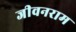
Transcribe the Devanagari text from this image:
जीवनराम